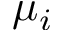
\mu _ { i }